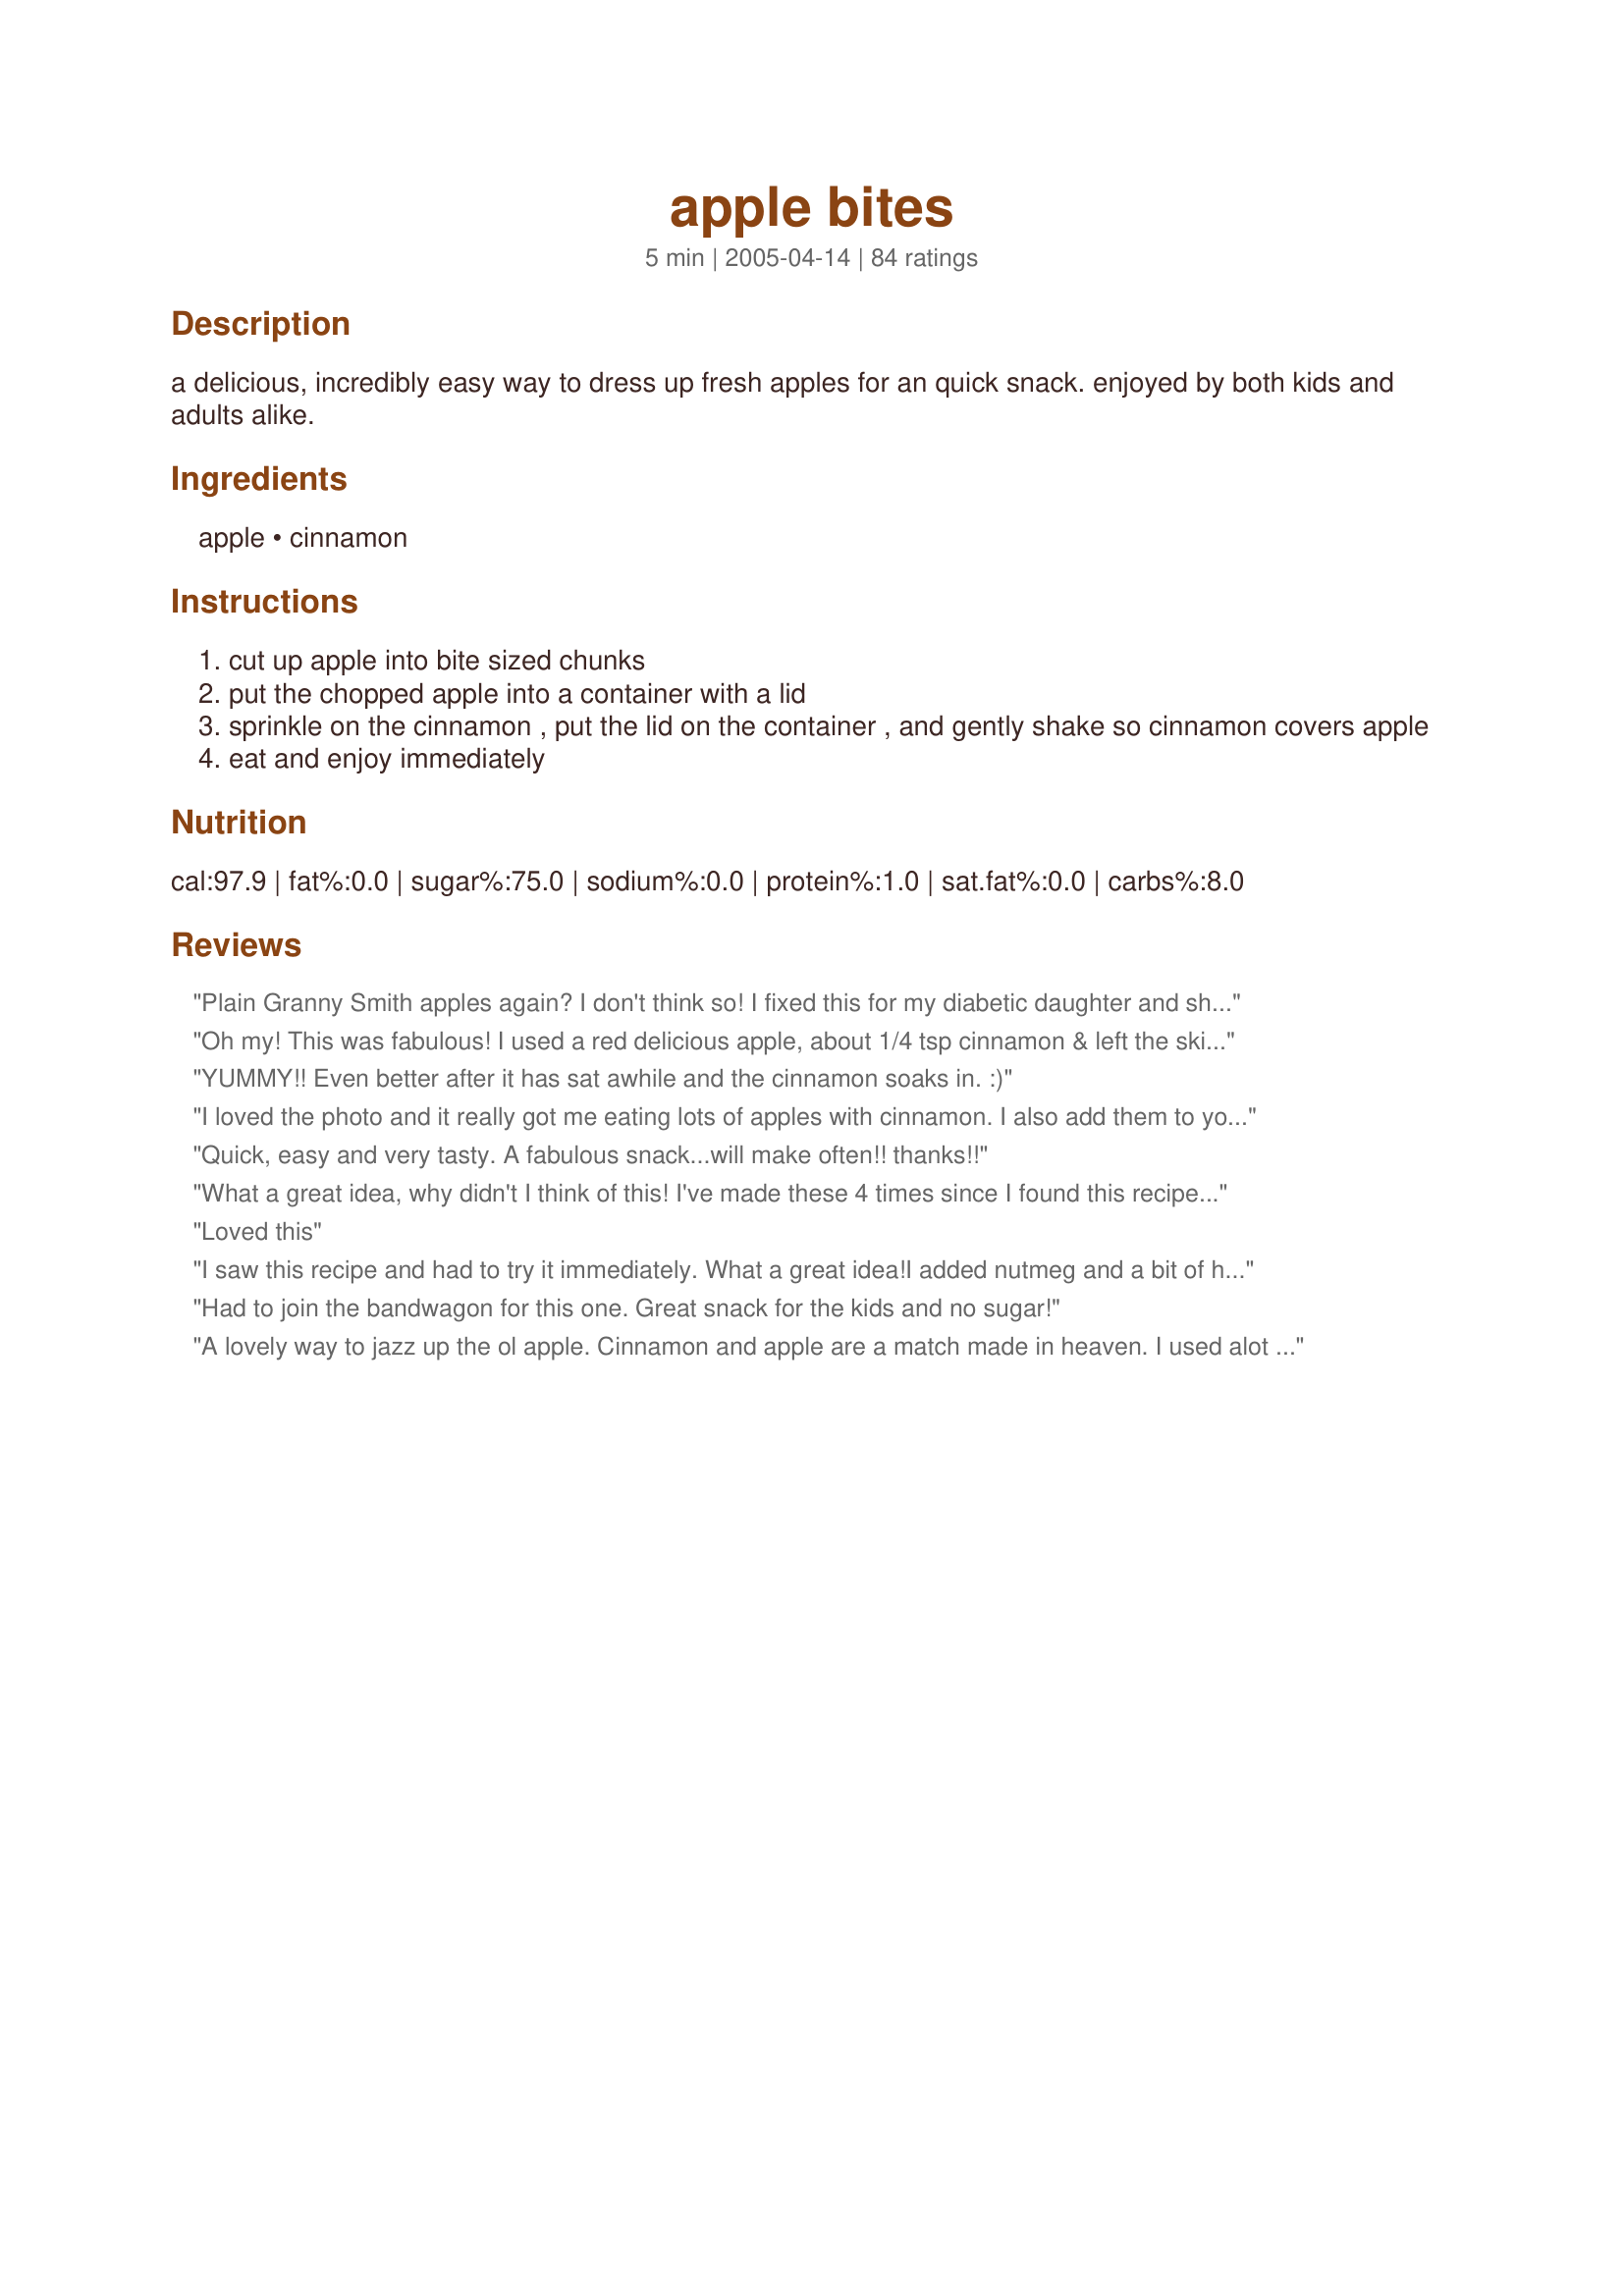
apple bites
Preparation time: 5 minutes

a delicious, incredibly easy way to dress up fresh apples for an quick snack. enjoyed by both kids and adults alike.

Ingredients:
apple, cinnamon

Steps:
cut up apple into bite sized chunks
put the chopped apple into a container with a lid
sprinkle on the cinnamon , put the lid on the container , and gently shake so cinnamon covers apple
eat and enjoy immediately

Reviews:
Plain Granny Smith apples again? I don't think so! I fixed this for my diabetic daughter and she loved them. Such a fast healthy snack and did you know that the cinnamon helps lower your blood sugar, they say to have one teaspoon per day. So make sure you have the best 
cinnamon you can get, high in oil. So easy, I don't know why I did not think of this one as I love to eat the apple mixture I fix for apple pies. Thanks LUv 2 BaKE

Oh my! This was fabulous! I used a red delicious apple, about 1/4 tsp cinnamon & left the skin on. I dipped it into some vanilla yogurt & it was like dessert! Thanks so much for sharing!
YUMMY!! Even better after it has sat awhile and the cinnamon soaks in. :)
I loved the photo and it really got me eating lots of apples with cinnamon. I also add them to yogurt with applesauce. Thanks for the inspiration.
Roxygirl
Quick, easy and very tasty. A fabulous snack...will make often!! thanks!!
What a great idea, why didn't I think of this! I've made these 4 times since I found this recipe, I love them. I do add a little bit of splenda to sweeten them up a little. mmmm
Loved this
I saw this recipe and had to try it immediately. What a great idea!I added nutmeg and a bit of hot pepper. The spice is nice. This would be good with cheese (Port Salut, or other simi-soft cheese) and crackers for an easy little appetizer.
Had to join the bandwagon for this one. Great snack for the kids and no sugar!
A lovely way to jazz up the ol apple. Cinnamon and apple are a match made in heaven. I used alot more then 1/2 tsp of cinnamon. Thank you for this inovative idea.
"Simply" delicious! I put out a bowl of these tasty morsles while we watched football. What an easy snack!
My six year old daughter loved this idea. She's losing her baby teeth, so we cut the peel off. Then I sprinkled the apple chunks with cinnamon-sugar which I keep in the cupboard for toast. Since discovering this, Joanna has eaten almost a whole bag of apples herself ! Thanks for posting a great new healthy snack idea. One note of caution...Jo decided she wanted this in her lunch box, so I did it. She said by lunchtime, the apples were very soft and brown and yucky. So don't count on this for a make-ahead snack idea.
Oooh That's really similar to what my mama made for me when I was little. I think she added a bit of brown sugar too though. I like to do the same, but I like to sprinkle with raisins and a drizzle of honey. :D
So easy! The kids thought these were great!
A simple, yummy healthy treat! I had it with plain yogurt sprinkled with brown sugar. Delicious! Thanks for this!
Who'd a thunk! Apples and cinnamon are one of the great basic combinatins, and I never thought to mix just these two together! The cinnamon really enhances the sweetnes of the apple without adding any calories. This will definately be a keeper. Thank you for the recipe!
I tried this with just cinnamon and it was okay. Then, I tried it with cinnamon and sugar that I use for cinnamon toast and it was delicious! Thanks for the idea!
I have made this several times now and love it! I was not a true apple lover until I found this simple trick. Now I want to eat them all the time. Thanks for the idea!
These are good and so easy to make! I also am guilty of "tasting" from the bowl of apple pie filling, but I never thought of making that into a snack. Sometimes I use a half packet of Splenda also, for those times when I am craving something sweeter. I have started keeping a jar of cinnamon in my desk drawer for a healthy afternoon snack! I should also note that, in an effort to make it even more like pie filling, I added a tiny dash of nutmeg once. This I do not recommend. The nutmeg overpowered everything else. But the plain cinnamon is wonderful! Thanks so much!
A nice, simple recipe! I love cinnamon, but I never thought of putting it on apple slices! I liked it :) thanks for sharing!
It was ok , but it turned out kind of soggy.
Excellent! I try not to let my sons have too many sweets for snacks... but they get tired of plain old apples quickly. This really changed it up for them. They loved it! This is now a keeper! Thanks for the great idea!
Simple and delicious! You'd think after 40 years on this Earth I'd have thought of this myself at one time or another but I didn't! I just had these with my lunch using Gala apples and I can't wait to make them for the kids after school. Thanks!
I made this up thinking okay how hard can it be? Well let me tell you it isn't hard at all, fast easy snack to give the kids; take to work with you; or carry along when traveling. Not only easy but my goodness so tasty too...what more can you ask for; oh yah good for you!!! Thank you for this recipe.
It doesn't get much easier than this! Thanks! It's delicious! :)
I made these this morning for my kids and two of my dayhome kids. I gave them yogurt for dip in a seperate bowl. My kids cleaned it up and neither one of the dayhome kids liked it, one taste and they set it down, they have to be the most fussy kids on the planet and will not try anything new. I loved it, so fast simple and awesome tasting. I will make again for my kids with granny smiths, love the tartness this time I used BC Mac Apples. I am not counting the dayhome kids because they won't be here forever, this is a keeper in my kids snack ideas cookbook and I will pass it on to friends.
These are fabulous! So simple and satisfying. Makes the house smell wonderful! Thanks for sharing. :)
Such a simple way to jazz up an apple, munched on this while watching a dvd..thanks for sharing.
Very simple, very easy, and very healthy. Plus it's endlessly customizable by adding different spices. I used cinnamon, nutmeg, and a dash of clove to make apple pie bites.
Wow, how can anything this simple taste this great. As my DH would say, "It's good and good for you" !!! We dipped it in trader joes low fat vanilla yogurt, yum !!
I prefer using cinnamon sugar on the apple slices. I sprinkle 1/4 teaspoon cinnamon sugar on one 1 medium sliced apple. Great! Thanks for sharing.
These are a GREAT way to eat apple slices!! Very yummy! Thanks!
Delicious! Apples and cinnamon is always a winning combo
Quick and Delicious!! Perfect light snack for my 7 yr old. She wants bring this as her snack for school tomorrow :) <br/>I peeled and cut the apple first, I used a Honey Crisp, came out perfect!
So good. I actually eat a whole apple without cutting it up, sprinkling a little cinnamon on the apple before each bite. :-) Two of my favorit things: cinnamon and apples!
The perfect quick, healthy snack. So easy and satisfies that sweet craving. Made as written using a sweet apple and 1/2 teaspoon of cinnamon as recommend. Thanks for the post.
Just found this recipe, walked into the kitchen, made it and am now popping them into my mouth. Great idea--never thought of it myself. My cinnamon is spicy, so they burn a little, I'll cut back next time.
WOW! It's such a simple idea, but the taste is wonderful! I think that I will make them again for breakfast tomorrow, but I'll add some plain yogurt and drizzle honey over it! Yum!!
This was awesome, it satisfies my sweet tooth and it's healthy.
Have made this several times over the last few days to use as a side for myself and my 4 year old with meals. We both <b>love</b> it and it is a great way to easily dress up plain apple slices. So simple but such a fantastic idea. Thanks so much for posting! We'll definitely be enjoying this one often!!!
Simple and delicious! Great for satisfying a sweet tooth, and with no added sugar. Can cut apples in wedges and serve with vanilla yogurt for dipping as well.Thanks for sharing your recipe!
What a simple treat. It takes an ordinary apple, and turns it into a delicious snack or refreshing dessert. My daughter and I had this after a light lunch the other day, and loved it. Thanks for sharing this idea.
It is amazing how something so simple can taste so good! Not to mention healthy too! These were truly yummy, apples and cinnamon one delicious combo. Thanks for posting.
What a simple and delicious way to eat an apple. I used empire apples, skins on, and served it with Sour Cream Fruit Dip recipe #91801. Yum. Thanks for a great idea.
What a delicious and easy snack!! I was cutting up my Granny Smith apple for a snack and remembered seeing this recipe, and I'm so glad I did! I can't wait to try other types of apples and even hubby, who turns up his nose at anything that resembles a healthy snack loved this! Thanks so much for a great recipe!!
Great, simple kid snack! I shook the apples w/ cinnamon in a plastic baggie (kids can do the shaking...fun!). My boys love apples, so this was a great treat for them. Thanx for an easy yummy snack. We'll make this again.
What an amazingly simple idea. I had just eaten a plain apple when I read your recipe and just had to try it. I also added a little Splenda and next time I will dip in vanilla yogurt. I may never eat a plain apple again. You are a genius.
I made this a bunch of times last fall when we had fresh picked apples, but forgot to ever review the recipe. This is great. I shake them up in a ziploc bag. If the apples are really sweet and juicy it actually tastes like they have sugar on them too. Great healthy snack.
I liked this. I have a bad habit of sprinkling apples with salt so was very pleased with your recipe. I plan to make this for my grandson also. Thank you for sharing this one!!!
Yum!!
I used Granny Smith apples for this one. Cinnamon & apples a classic combo but I wouldn't have ever thought to do it this way...so simple and a great way to encourage the kids to eat more fruit.
This is one of my kids' favorite breakfasts! I add a teaspoon of sugar with the cinnamon and serve this with low fat vanilla yogurt. The kids love it and so do I!! Thanks for posting!
Simple, healthy, and a delicious snack!!
What more can i say other than thanks for the recipe LUv 2 BaKE?
My kids and I all enjoy this. I gladly make this for snack! Thank you
Wonderful snack!!!! Why didn't I think of this too???
I also enjoy it with just a little sugar or splenda added to the cinnamon. It's awesome, quick, and a real crowd pleaser.
What a great afternoon snack for busy little preschoolers. Thanks for a great idea.
Lisa
Great healthy snack! I added a dash of nutmeg and served it with a dollup of plain yogurt. Yum!
Whodathunkit? These were quite amazing...a tasty, guilt-free, non-dessert dessert. I admit that I used some Equal with the cinnamon, but that was personal preference, and probably not necessary.
So simple, but soooo great. This is a really healthy snack! I think the recipe doesn't need any comments. I used a lot of cinnamon, because I like it. And sometimes I add a liitle of honey, brown sugar or sugar beet molasses when using tart apple varieties. This is also a kid pleaser. Fantastic, thanks for sharing this idea and recipe.
Apples and cinnamon are an awesome combo! ^^
Seems so simple and obvious and yet so many of us never think to add cinnamon to raw apples. I used a JonaGold and it was just wonderful. The cinnamon actually made the apple taste even sweeter and more crisy. Yummy! Now thinking of playing a bit more with other spices like nutmeg or cardamon. Thanks for opening my eyes to a new way to perk up my afternoon staple.
Easy enough for a man to prepare. ;-) Made for Apple A Day Tag.
I made this and thought it tasted like apple pie. My mom and brother also thought they tasted &lt;br/&gt;delicious. Instead of slices I diced my apple. Thank you for such an easy and delicious snack or dessert.
Made this with 3 and 4 year olds. I sliced the apple, of course, and they did the rest. They had a little trouble with the shake "gently" part, but since we used ziplock bags instead of a hard container, the apples were no worse for the wear. :) They loved making it AND eating it. Thanks for a fun snack idea.
I used granny smith apples because they are my absolute favorites! I've used a bunch of different spices, cinnamon, allspice, nutmeg and apple pie spice. I like to sprinkle a little lemon on top as well so they last a little bit longer until lunch. My favorite snack!
What a nice and simple method for taking a healthy snack up a notch! My 5 year old granddaughter actually put the apple slices in a ziplock, added the cinnamon, zipped it closed and shook it up!
I have this often! This is so quick and tasty; my apples always have cinnamon now. It's just not the same without it! I tend to use a full teaspoon, which also adds another gram of fiber. Can't go wrong with that!
Easy no brainer! yummy!
Delicious. I didn't think this would be so good. It's better if you wait a couple minutes for the flavour to meld with the apple. The cinnamon somehow makes the apples taste a bit sweeter. I was going to add sugar but decided to try them first and I loved it without. I peeled the apple as it was not organic and we generally don't like peel anyway. We had these as a part of breakfast. I will definitely make these again.
My grandmother had two apple trees in her yard, and was always making pies, strudel, etc. This was one way she served apples to me when I stayed with her as a child. Delicious!! She'd sometimes add a tablespoon of lemon juice too, to keep the apples from turning brown. :) Great snack!
I made these to go along with breakfast one morning. The kids ate this first and then asked for more. What a simple snack that is so good. I set out vanilla yogurt to dip it in....perfect snack. Thank you for a wonderful after school snack and breakfast item....Stephanie
These are great! I used a little more cinnamon. Totally yummy!
What a great no-sugar, healthy treat! I'd never thought of this. Thanks so much.
Can't believe I am a WW and didn't know this! It is a nice change to a regular apple, and for me no calories added I loved it! Have had one apple every day since I read this. I like your method of shaking the apples, that way the cinnamon is evenly distributed over the pieces. Thanx you probably helped me to lose another lb!That is equal to saint hood in my book ha!
My kids would not eat this, but it may have been because my apples were tart. I would reccommend a sweeter apple for kids.
Wonderful!
This is a great idea. I'm going to try it with my kids with plain or vanilla yogart topped with milled flax seed.
I had a few apples I wanted to use up.This was good and easy to make.
I made this most of the summer- can not believe I forgot to review it. I was even lazy enough to use the precut apples from the store (although I perfer fresh). Even used my cinnamon/sugar mix once or twice. Thanks for sharing.
I mix a little Splenda with the cinnamon and then microwave the apple in 30 second intervals until it is a little soft. Quick and easy baked apple!
These are great! I can makethem right before the boys get home from school - and my 21 month old loves them after naptime.Thanks for a great and simple recipe.
Super easy, super quick, super healthy! This tasty snack was made for the Sun and Spice Event. Thanks LUv 2 BaKE! :)
These were pretty good. My kids didn't like them, but maybe they will when they get a bit older. I liked them dipped in vanilla yogurt better! Quick, easy and healthy snack!
I used to do this all the time at home, but I would put a little whipped cream on it and throw them in the microwave for a minute.
